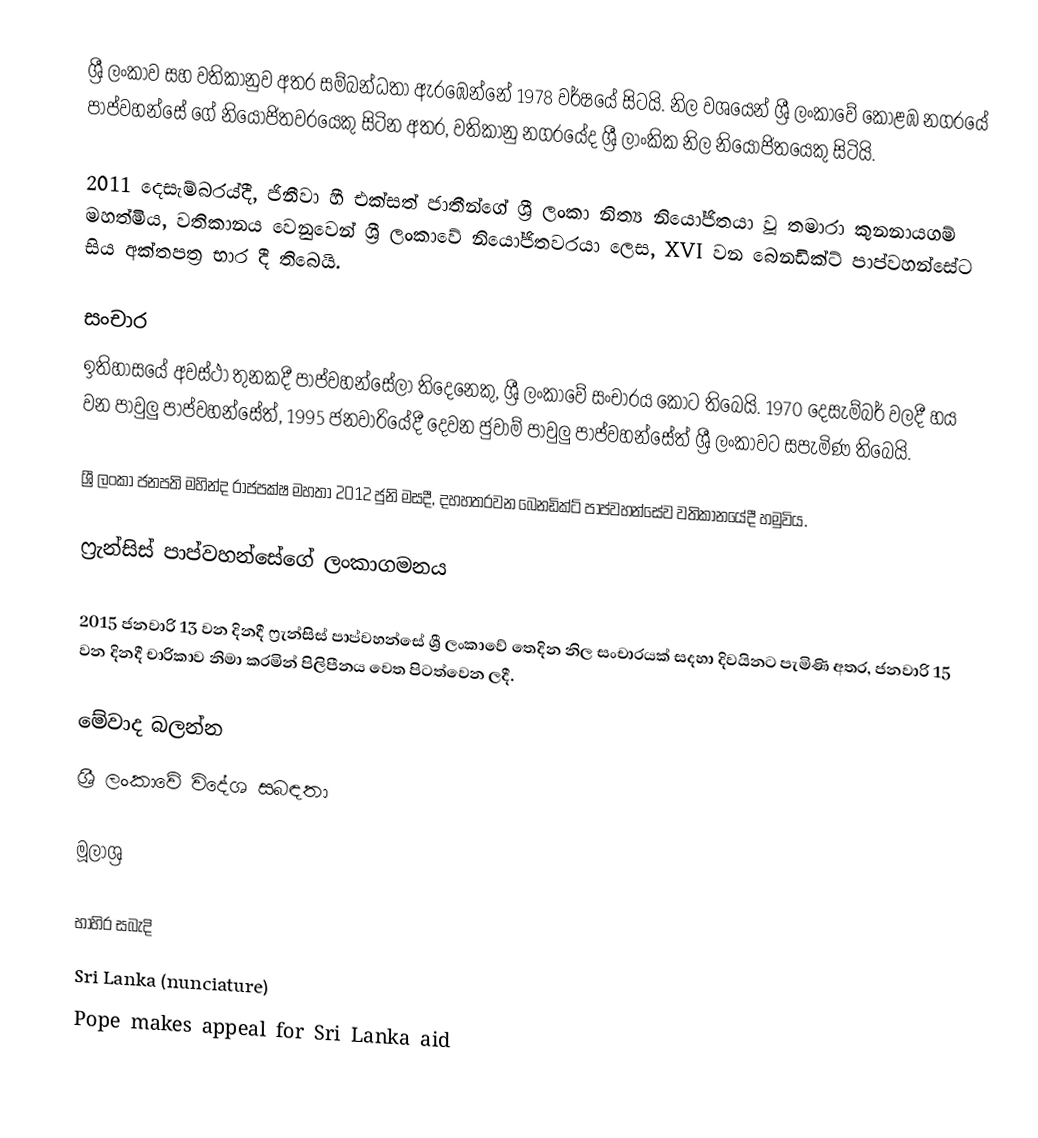
ශ්‍රී ලංකාව සහ වතිකානුව අතර සම්බන්ධතා ඇරඹෙන්නේ 1978 වර්ෂයේ සිටයි. නිල වශයෙන් ශ්‍රී ලංකාවේ කොළඹ නගරයේ පාප්වහන්සේ ගේ නියෝජිතවරයෙකු සිටින අතර, වතිකානු නගරයේද ශ්‍රී ලාංකික නිල නියෝජිතයෙකු සිටියි.

2011 දෙසැම්බරය්දී, ජිනීවා හී එක්සත් ජාතීන්ගේ ශ්‍රී ලංකා නිත්‍ය නියෝජිතයා වූ තමාරා කුනනායගම් මහත්මිය, වතිකානය වෙනුවෙන් ශ්‍රී ලංකාවේ නියෝජිතවරයා ලෙස, XVI වන බෙනඩික්ට් පාප්වහන්සේට සිය අක්තපත්‍ර භාර දී තිබෙයි.

සංචාර
ඉතිහාසයේ අවස්ථා තුනකදී පාප්වහන්සේලා තිදෙනෙකු, ශ්‍රී ලංකාවේ සංචාරය කොට තිබෙයි. 1970 දෙසැම්බර් වලදී හය වන පාවුලු පාප්වහන්සේත්, 1995 ජනවාරියේදී  දෙවන ජුවාම් පාවුලු පාප්වහන්සේත් ශ්‍රී ලංකාවට සපැමිණ තිබෙයි.

ශ්‍රී ලංකා ජනපති මහින්ද රාජපක්ෂ මහතා 2012 ජුනි මසදී, දහහතරවන බෙනඩික්ට් පාප්වහන්සේව වතිකානයේදී හමුවිය.

ෆ්‍රැන්සිස් පාප්වහන්සේගේ ලංකාගමනය

2015 ජනවාරි 13 වන දිනදී ෆ්‍රැන්සිස් පාප්වහන්සේ ශ්‍රී ලංකාවේ තෙදින නිල සංචාරයක් සදහා දිවයිනට පැමිණි අතර, ජනවාරි 15 වන දිනදී චාරිකාව නිමා කරමින් පිලිපීනය වෙත පිටත්වෙන ලදී.

මේවාද බලන්න
ශ්‍රී ලංකාවේ විදේශ සබඳතා

මූලාශ්‍ර

භාහිර සබැදි
Sri Lanka (nunciature)
Pope makes appeal for Sri Lanka aid